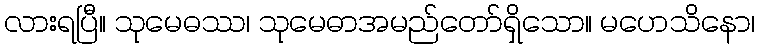
လားရပြီ။ သုမေဓဿ၊ သုမေဓာအမည်တော်ရှိသော။ မဟေသိနော၊